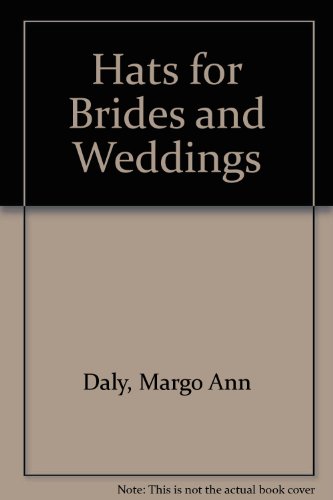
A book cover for Hats for Brides & Weddings; Margo-Ann Daly; Crafts, Hobbies & Home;